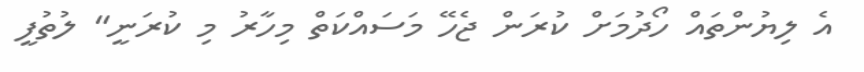
އެ ލިޔުންތައް ހޯދުމަށް ކުރަން ޖެހޭ މަސައްކަތް މިހާރު މި ކުރަނީ" ލުތުފީ